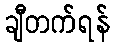
ချီတက်ရန်